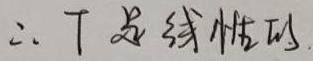
$\therefore T$是线性的.